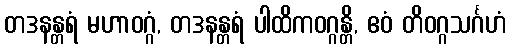
တဒနန္တရံ မဟာဝဂ္ဂံ, တဒနန္တရံ ပါထိကဝဂ္ဂန္တိ, ဧဝံ တိဝဂ္ဂသင်္ဂဟံ